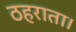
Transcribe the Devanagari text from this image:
ठहराता।